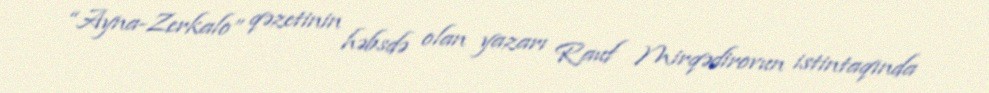
“Ayna-Zerkalo” qəzetinin həbsdə olan yazarı Rauf Mirqədirovun istintaqında